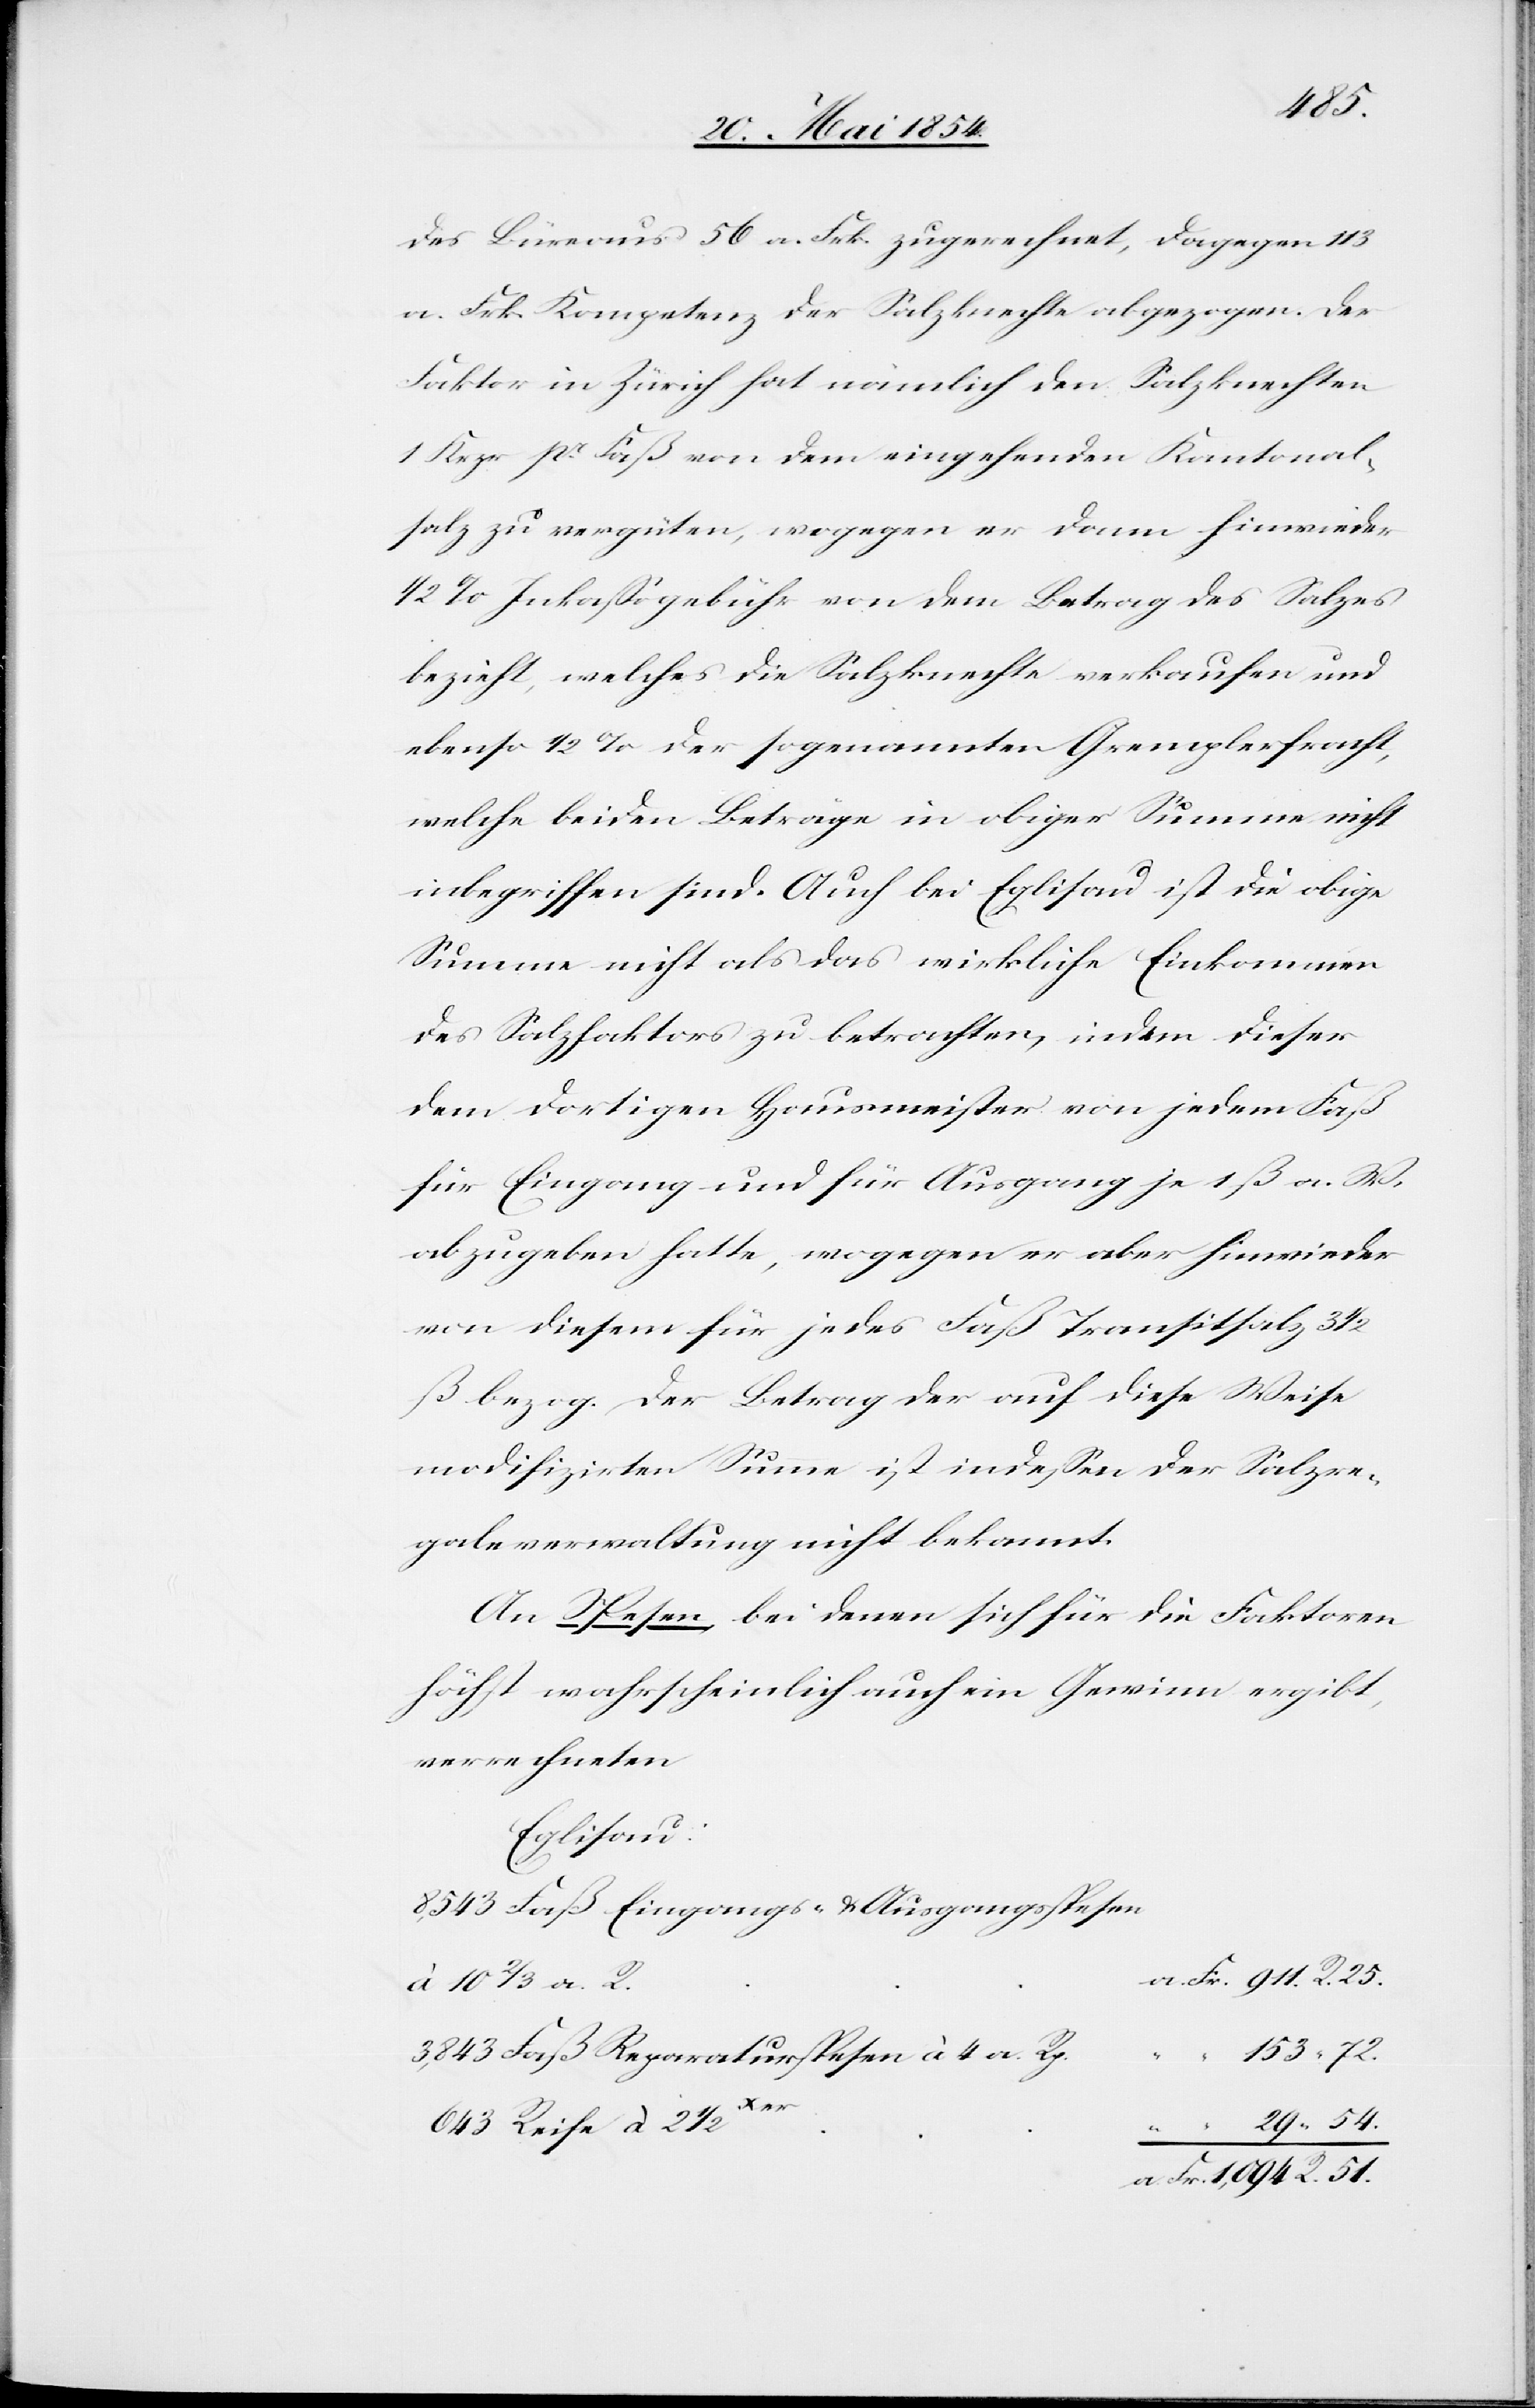
153.
des Büreaus 56 a. Frk. zugerechnet, dagegen 113
a. Frk. Kompetenz der Salzknechte abgezogen. Der
Faktor in Zürich hat nämlich den Salzknechten
1 Krzr pr Faß von dem eingehenden Kantonal¬
salz zu vergüten, wogegen er dann hinwieder
1/2 % Inkaßagebühr von dem Betrag des Salzes
bezieht, welches die Salzknechte verkaufen und
ebenso 1/2 % der sogenannten Gremplerfracht,
welche beiden Beträge in obiger Summe nicht
inbegriffen sind. Auch bei Eglisau ist die obige
Summe nicht als das wirkliche Einkommen
des Salzfaktors zu betrachten, indem dieser
dem dortigen Hausmeister von jedem Faß
für Eingang und für Ausgang je 1 ß a. W.
abzugeben hatte, wogegen er aber hinwieder
von diesem für jedes Faß Transitsalz 3
ß bezog. Der Betrag der auf diese Weise
modifizirte Summe ist indeßen der Salzre¬
galeverwaltung nicht bekannt.
An Spesen, bei denen sich für die Faktoren
höchst wahrscheinlich auch ein Gewinn ergibt,
verrechneten
Eglisau
Xer
51.